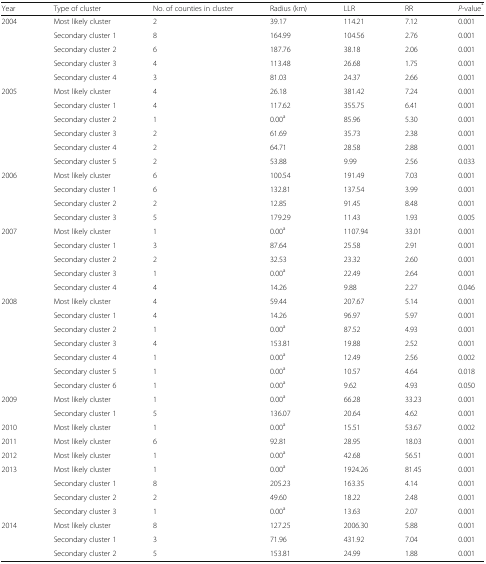
<table><thead><tr><td><b>Year</b></td><td><b>Type of cluster</b></td><td><b>No. of counties in cluster</b></td><td><b>Radius (km)</b></td><td><b>LLR</b></td><td><b>RR</b></td><td><b><i>P</i>-value<sup>*</sup></b></td></tr></thead><tbody><tr><td rowspan="5">2004</td><td>Most likely cluster</td><td>2</td><td>39.17</td><td>114.21</td><td>7.12</td><td>0.001</td></tr><tr><td>Secondary cluster 1</td><td>8</td><td>164.99</td><td>104.56</td><td>2.76</td><td>0.001</td></tr><tr><td>Secondary cluster 2</td><td>6</td><td>187.76</td><td>38.18</td><td>2.06</td><td>0.001</td></tr><tr><td>Secondary cluster 3</td><td>4</td><td>113.48</td><td>26.68</td><td>1.75</td><td>0.001</td></tr><tr><td>Secondary cluster 4</td><td>3</td><td>81.03</td><td>24.37</td><td>2.66</td><td>0.001</td></tr><tr><td rowspan="6">2005</td><td>Most likely cluster</td><td>4</td><td>26.18</td><td>381.42</td><td>7.24</td><td>0.001</td></tr><tr><td>Secondary cluster 1</td><td>4</td><td>117.62</td><td>355.75</td><td>6.41</td><td>0.001</td></tr><tr><td>Secondary cluster 2</td><td>1</td><td>0.00<sup>a</sup></td><td>85.96</td><td>5.30</td><td>0.001</td></tr><tr><td>Secondary cluster 3</td><td>2</td><td>61.69</td><td>35.73</td><td>2.38</td><td>0.001</td></tr><tr><td>Secondary cluster 4</td><td>2</td><td>64.71</td><td>28.58</td><td>2.88</td><td>0.001</td></tr><tr><td>Secondary cluster 5</td><td>2</td><td>53.88</td><td>9.99</td><td>2.56</td><td>0.033</td></tr><tr><td rowspan="4">2006</td><td>Most likely cluster</td><td>6</td><td>100.54</td><td>191.49</td><td>7.03</td><td>0.001</td></tr><tr><td>Secondary cluster 1</td><td>6</td><td>132.81</td><td>137.54</td><td>3.99</td><td>0.001</td></tr><tr><td>Secondary cluster 2</td><td>2</td><td>12.85</td><td>91.45</td><td>8.48</td><td>0.001</td></tr><tr><td>Secondary cluster 3</td><td>5</td><td>179.29</td><td>11.43</td><td>1.93</td><td>0.005</td></tr><tr><td rowspan="5">2007</td><td>Most likely cluster</td><td>1</td><td>0.00<sup>a</sup></td><td>1107.94</td><td>33.01</td><td>0.001</td></tr><tr><td>Secondary cluster 1</td><td>3</td><td>87.64</td><td>25.58</td><td>2.91</td><td>0.001</td></tr><tr><td>Secondary cluster 2</td><td>2</td><td>32.53</td><td>23.32</td><td>2.60</td><td>0.001</td></tr><tr><td>Secondary cluster 3</td><td>1</td><td>0.00<sup>a</sup></td><td>22.49</td><td>2.64</td><td>0.001</td></tr><tr><td>Secondary cluster 4</td><td>4</td><td>14.26</td><td>9.88</td><td>2.27</td><td>0.046</td></tr><tr><td rowspan="7">2008</td><td>Most likely cluster</td><td>4</td><td>59.44</td><td>207.67</td><td>5.14</td><td>0.001</td></tr><tr><td>Secondary cluster 1</td><td>4</td><td>14.26</td><td>96.97</td><td>5.97</td><td>0.001</td></tr><tr><td>Secondary cluster 2</td><td>1</td><td>0.00<sup>a</sup></td><td>87.52</td><td>4.93</td><td>0.001</td></tr><tr><td>Secondary cluster 3</td><td>4</td><td>153.81</td><td>19.88</td><td>2.52</td><td>0.001</td></tr><tr><td>Secondary cluster 4</td><td>1</td><td>0.00<sup>a</sup></td><td>12.49</td><td>2.56</td><td>0.002</td></tr><tr><td>Secondary cluster 5</td><td>1</td><td>0.00<sup>a</sup></td><td>10.57</td><td>4.64</td><td>0.018</td></tr><tr><td>Secondary cluster 6</td><td>1</td><td>0.00<sup>a</sup></td><td>9.62</td><td>4.93</td><td>0.050</td></tr><tr><td rowspan="2">2009</td><td>Most likely cluster</td><td>1</td><td>0.00<sup>a</sup></td><td>66.28</td><td>33.23</td><td>0.001</td></tr><tr><td>Secondary cluster 1</td><td>5</td><td>136.07</td><td>20.64</td><td>4.62</td><td>0.001</td></tr><tr><td>2010</td><td>Most likely cluster</td><td>1</td><td>0.00<sup>a</sup></td><td>15.51</td><td>53.67</td><td>0.002</td></tr><tr><td>2011</td><td>Most likely cluster</td><td>6</td><td>92.81</td><td>28.95</td><td>18.03</td><td>0.001</td></tr><tr><td>2012</td><td>Most likely cluster</td><td>1</td><td>0.00<sup>a</sup></td><td>42.68</td><td>56.51</td><td>0.001</td></tr><tr><td rowspan="4">2013</td><td>Most likely cluster</td><td>1</td><td>0.00<sup>a</sup></td><td>1924.26</td><td>81.45</td><td>0.001</td></tr><tr><td>Secondary cluster 1</td><td>8</td><td>205.23</td><td>163.35</td><td>4.14</td><td>0.001</td></tr><tr><td>Secondary cluster 2</td><td>2</td><td>49.60</td><td>18.22</td><td>2.48</td><td>0.001</td></tr><tr><td>Secondary cluster 3</td><td>1</td><td>0.00<sup>a</sup></td><td>13.63</td><td>2.07</td><td>0.001</td></tr><tr><td rowspan="3">2014</td><td>Most likely cluster</td><td>8</td><td>127.25</td><td>2006.30</td><td>5.88</td><td>0.001</td></tr><tr><td>Secondary cluster 1</td><td>3</td><td>71.96</td><td>431.92</td><td>7.04</td><td>0.001</td></tr><tr><td>Secondary cluster 2</td><td>5</td><td>153.81</td><td>24.99</td><td>1.88</td><td>0.001</td></tr></tbody></table>